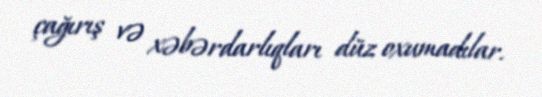
çağırış və xəbərdarlıqları düz oxumadılar.